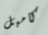
كامبل